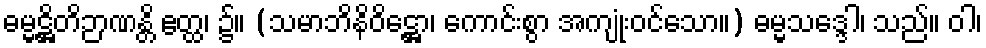
ဓမ္မဋ္ဌိတိဉာဏန္တိ ဧတ္ထ၊ ၌။ (သမာဘိနိဝိဋ္ဌော၊ ကောင်းစွာ အကျုံးဝင်သော။) ဓမ္မသဒ္ဒေါ၊ သည်။ ဝါ၊